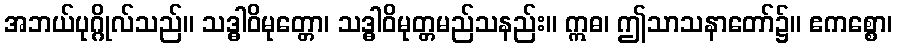
အဘယ်ပုဂ္ဂိုလ်သည်။ သဒ္ဓါဝိမုတ္တော၊ သဒ္ဓါဝိမုတ္တမည်သနည်း။ ဣဓ၊ ဤသာသနာတော်၌။ ဧကစ္စော၊